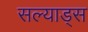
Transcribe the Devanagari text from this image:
सल्याड्स